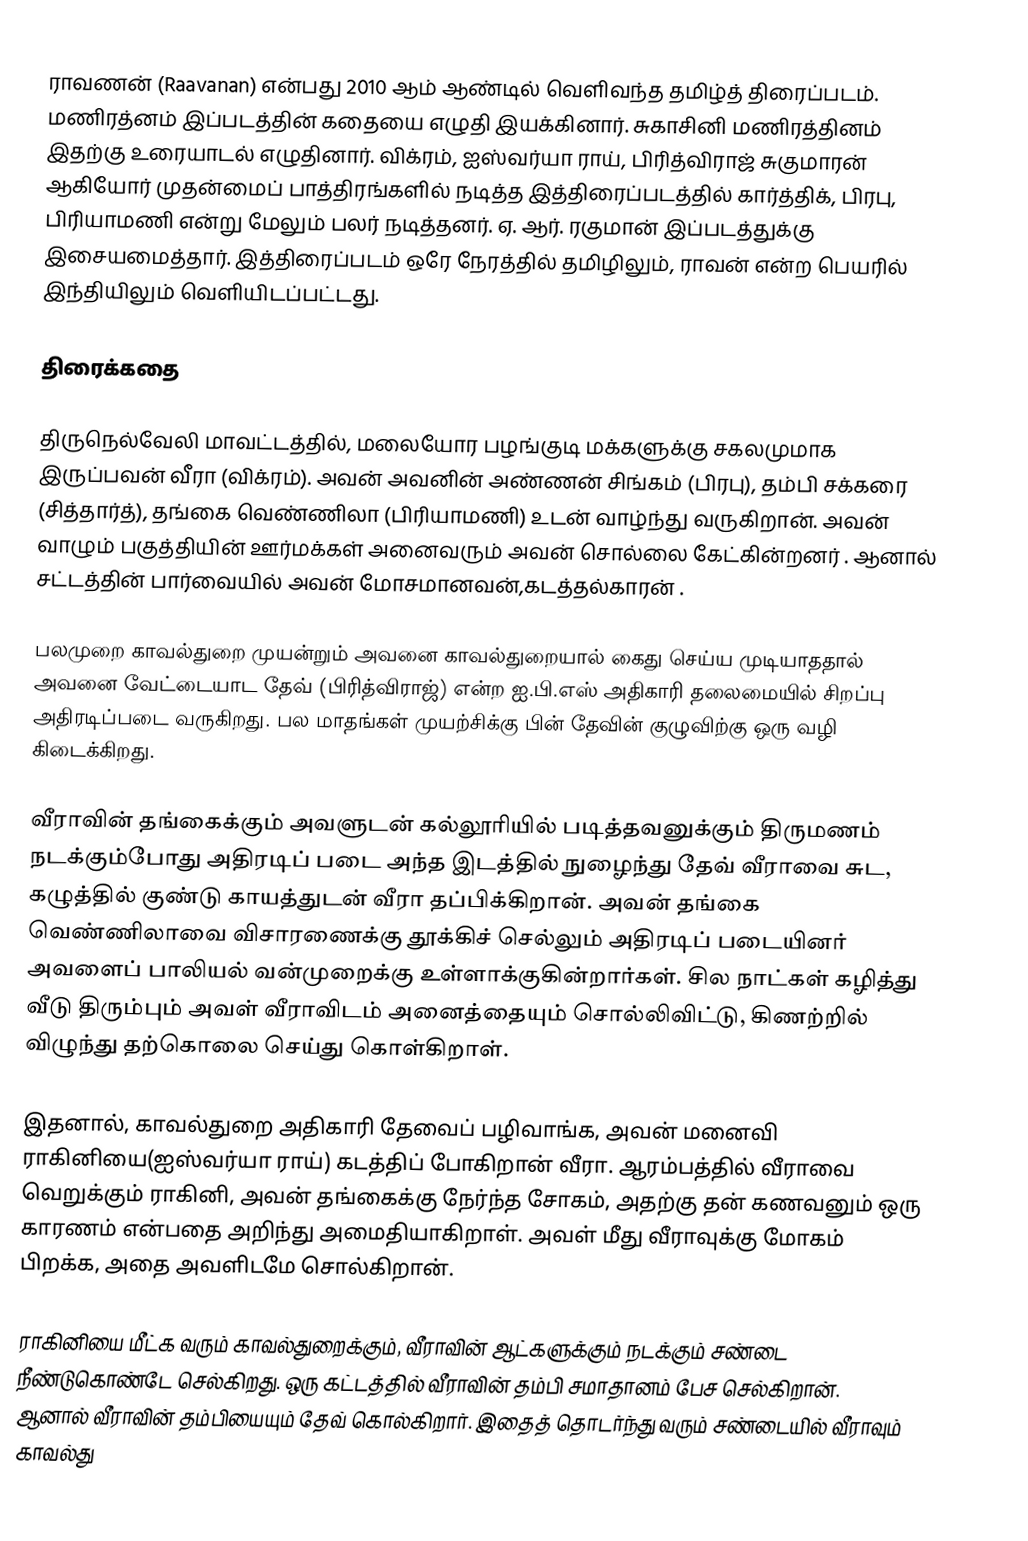
ராவணன் (Raavanan) என்பது 2010 ஆம் ஆண்டில் வெளிவந்த தமிழ்த் திரைப்படம். மணிரத்னம் இப்படத்தின் கதையை எழுதி இயக்கினார். சுகாசினி மணிரத்தினம் இதற்கு உரையாடல் எழுதினார். விக்ரம், ஐஸ்வர்யா ராய், பிரித்விராஜ் சுகுமாரன் ஆகியோர் முதன்மைப் பாத்திரங்களில் நடித்த இத்திரைப்படத்தில் கார்த்திக், பிரபு, பிரியாமணி என்று மேலும் பலர் நடித்தனர். ஏ. ஆர். ரகுமான் இப்படத்துக்கு இசையமைத்தார். இத்திரைப்படம் ஒரே நேரத்தில் தமிழிலும், ராவன் என்ற பெயரில் இந்தியிலும் வெளியிடப்பட்டது.

திரைக்கதை

திருநெல்வேலி மாவட்டத்தில், மலையோர பழங்குடி மக்களுக்கு சகலமுமாக இருப்பவன் வீரா (விக்ரம்). அவன் அவனின் அண்ணன் சிங்கம் (பிரபு), தம்பி சக்கரை (சித்தார்த்), தங்கை வெண்ணிலா (பிரியாமணி) உடன் வாழ்ந்து வருகிறான். அவன் வாழும் பகுத்தியின் ஊர்மக்கள் அனைவரும் அவன் சொல்லை கேட்கின்றனர் . ஆனால் சட்டத்தின் பார்வையில் அவன் மோசமானவன்,கடத்தல்காரன் .

பலமுறை காவல்துறை முயன்றும் அவனை காவல்துறையால் கைது செய்ய முடியாததால் அவனை வேட்டையாட தேவ் (பிரித்விராஜ்) என்ற ஐ.பி.எஸ் அதிகாரி தலைமையில் சிறப்பு அதிரடிப்படை வருகிறது. பல மாதங்கள் முயற்சிக்கு பின் தேவின் குழுவிற்கு ஒரு வழி கிடைக்கிறது.

வீராவின் தங்கைக்கும் அவளுடன் கல்லூரியில் படித்தவனுக்கும் திருமணம் நடக்கும்போது அதிரடிப் படை அந்த இடத்தில் நுழைந்து தேவ் வீராவை சுட, கழுத்தில் குண்டு காயத்துடன் வீரா தப்பிக்கிறான். அவன் தங்கை வெண்ணிலாவை விசாரணைக்கு தூக்கிச் செல்லும் அதிரடிப் படையினர் அவளைப் பாலியல் வன்முறைக்கு உள்ளாக்குகின்றார்கள். சில நாட்கள் கழித்து வீடு திரும்பும் அவள் வீராவிடம் அனைத்தையும் சொல்லிவிட்டு, கிணற்றில் விழுந்து தற்கொலை செய்து கொள்கிறாள்.

இதனால், காவல்துறை அதிகாரி தேவைப் பழிவாங்க, அவன் மனைவி ராகினியை(ஐஸ்வர்யா ராய்) கடத்திப் போகிறான் வீரா. ஆரம்பத்தில் வீராவை வெறுக்கும் ராகினி, அவன் தங்கைக்கு நேர்ந்த சோகம், அதற்கு தன் கணவனும் ஒரு காரணம் என்பதை அறிந்து அமைதியாகிறாள். அவள் மீது வீராவுக்கு மோகம் பிறக்க, அதை அவளிடமே சொல்கிறான்.

ராகினியை மீட்க வரும் காவல்துறைக்கும், வீராவின் ஆட்களுக்கும் நடக்கும் சண்டை நீண்டுகொண்டே செல்கிறது.  ஒரு கட்டத்தில் வீராவின் தம்பி சமாதானம் பேச செல்கிறான். ஆனால் வீராவின் தம்பியையும் தேவ் கொல்கிறார். இதைத் தொடர்ந்து வரும் சண்டையில் வீராவும் காவல்து